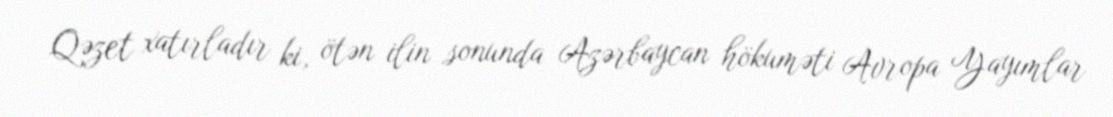
Qəzet xatırladır ki, ötən ilin sonunda Azərbaycan hökuməti Avropa Yayımlar